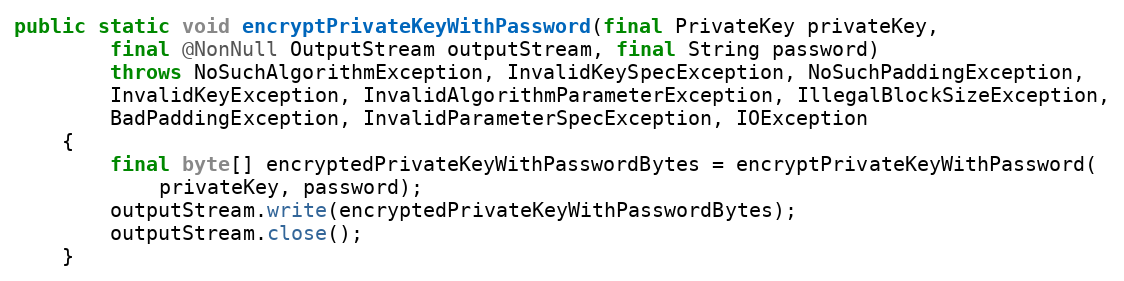
Language: Java
public static void encryptPrivateKeyWithPassword(final PrivateKey privateKey,
		final @NonNull OutputStream outputStream, final String password)
		throws NoSuchAlgorithmException, InvalidKeySpecException, NoSuchPaddingException,
		InvalidKeyException, InvalidAlgorithmParameterException, IllegalBlockSizeException,
		BadPaddingException, InvalidParameterSpecException, IOException
	{
		final byte[] encryptedPrivateKeyWithPasswordBytes = encryptPrivateKeyWithPassword(
			privateKey, password);
		outputStream.write(encryptedPrivateKeyWithPasswordBytes);
		outputStream.close();
	}